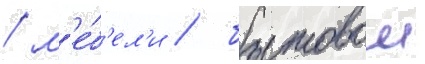
/ м'е́б'ел'и / бытовои